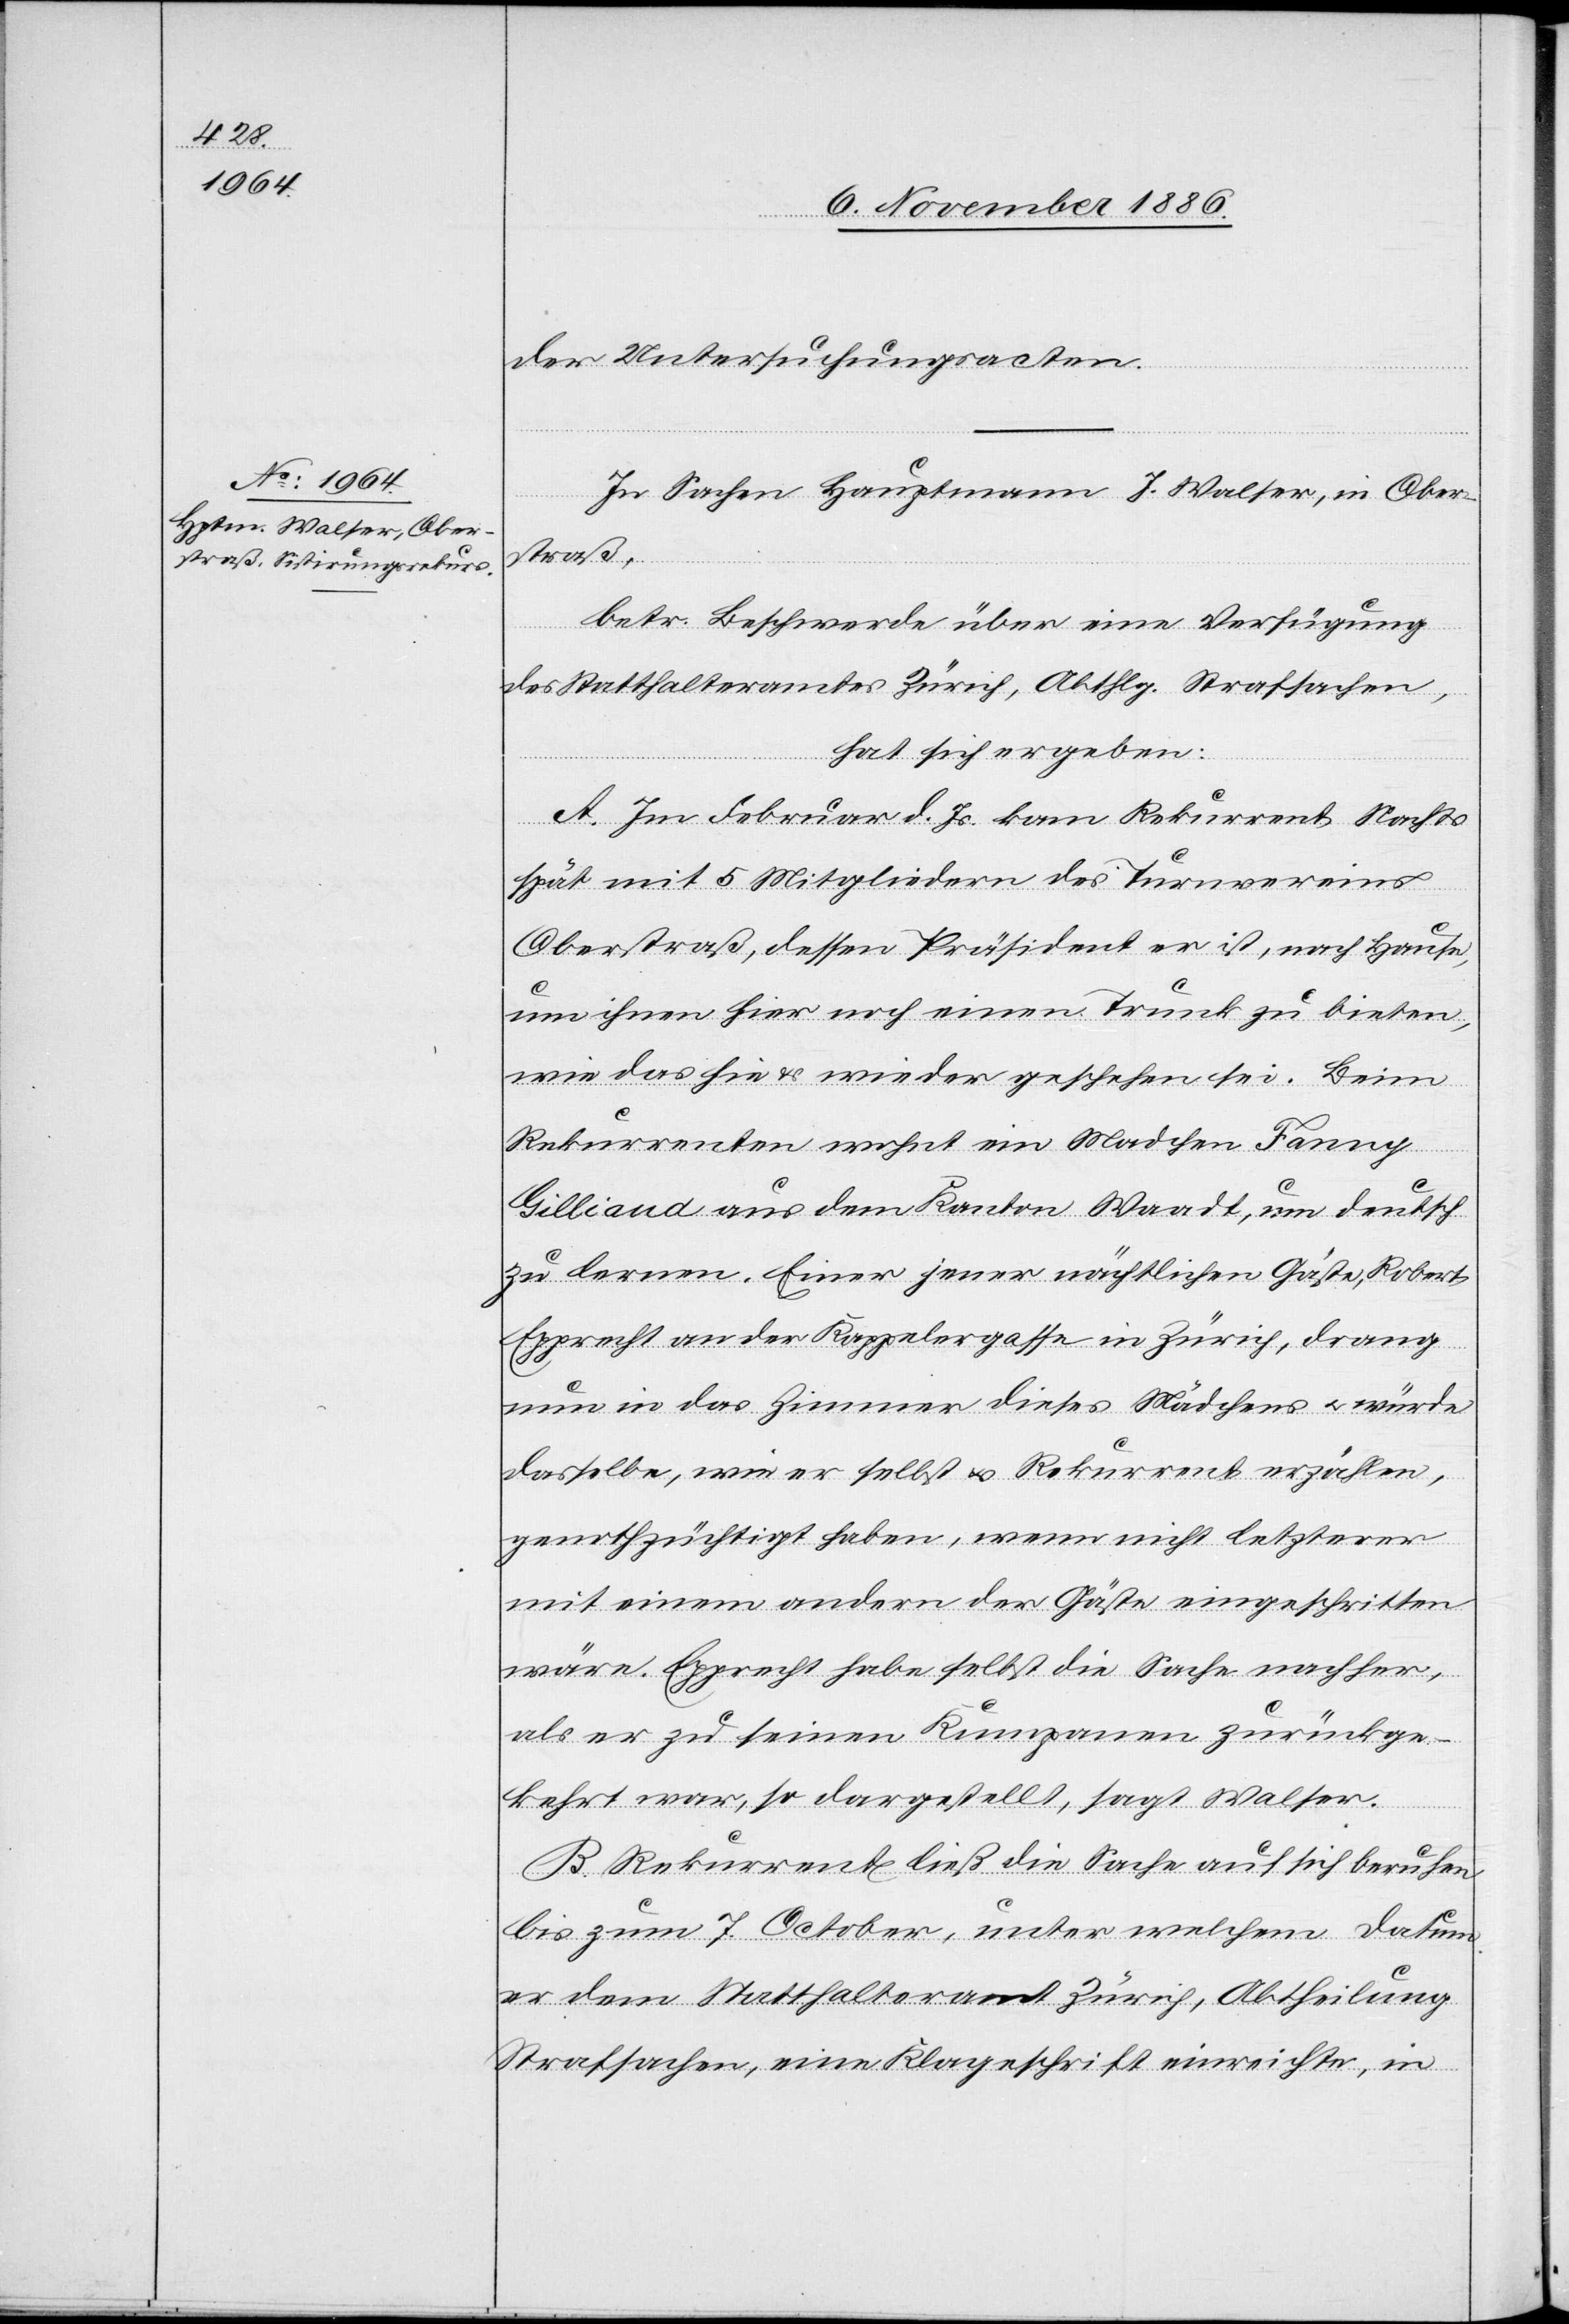
der Untersuchungsacten.
In Sachen Hauptmann J. Walser, in Ober¬
straß,
betr. Beschwerde über eine Verfügung
des Statthalteramtes Zürich, Abthlg. Strafsachen,
hat sich ergeben:
A. Im Februar d. Js. kam Rekurrent Nachts
spät mit 5 Mitgliedern des Turnvereins
Oberstraß, dessen Präsident er ist, nach Hause,
um ihnen hier noch einen Trunk zu bieten,
wie das hin & wieder geschehen sei. Beim
Rekurrenten wohnt ein Madchen [sic!]
Gilliand aus dem Kanton Waadt, um deutsch
zu lernen. Einer jener nächtlichen Gäste, Robert
Epprecht an der Kappelergasse in Zürich, drang
nun in das Zimmer dieses Mädchens & würde
dasselbe, wie er selbst & Rekurrent erzählen,
genothzüchtigt haben, wenn nicht letzterer
mit einem andern der Gäste eingeschritten
wäre. Epprecht habe selbst die Sache nachher,
als er zu seinen Kumpanen zurückge¬
kehrt war, so dargestellt, sagt Walser.
B. Rekurrent ließ die Sache auf sich beruhen
bis zum 7. October, unter welchem Datum
er dem Statthalteramt Zürich, Abtheilung
Strafsachen, eine Klageschrift einreichte, in